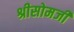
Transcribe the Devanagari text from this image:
श्रीसोमजी